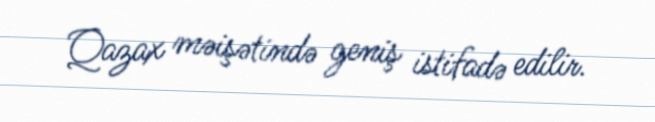
Qazax məişətində geniş istifadə edilir.